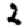
Digit: 2